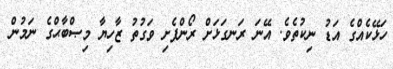
ހަޅޭކެއްގެ އަޑު ނިކުތެވެ. އޭނަ ރަނގަޅަށް ރޯންފެށި ވަގުތު ޒާހިޔާ މިޞްބާޙްގެ ނަމުން